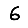
Digit: 6